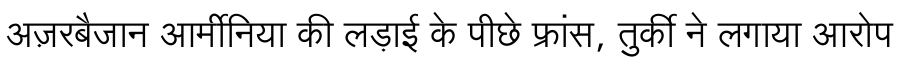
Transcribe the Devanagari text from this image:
अज़रबैजान आर्मीनिया की लड़ाई के पीछे फ्रांस, तुर्की ने लगाया आरोप